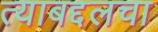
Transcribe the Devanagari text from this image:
त्याबद्दलचा